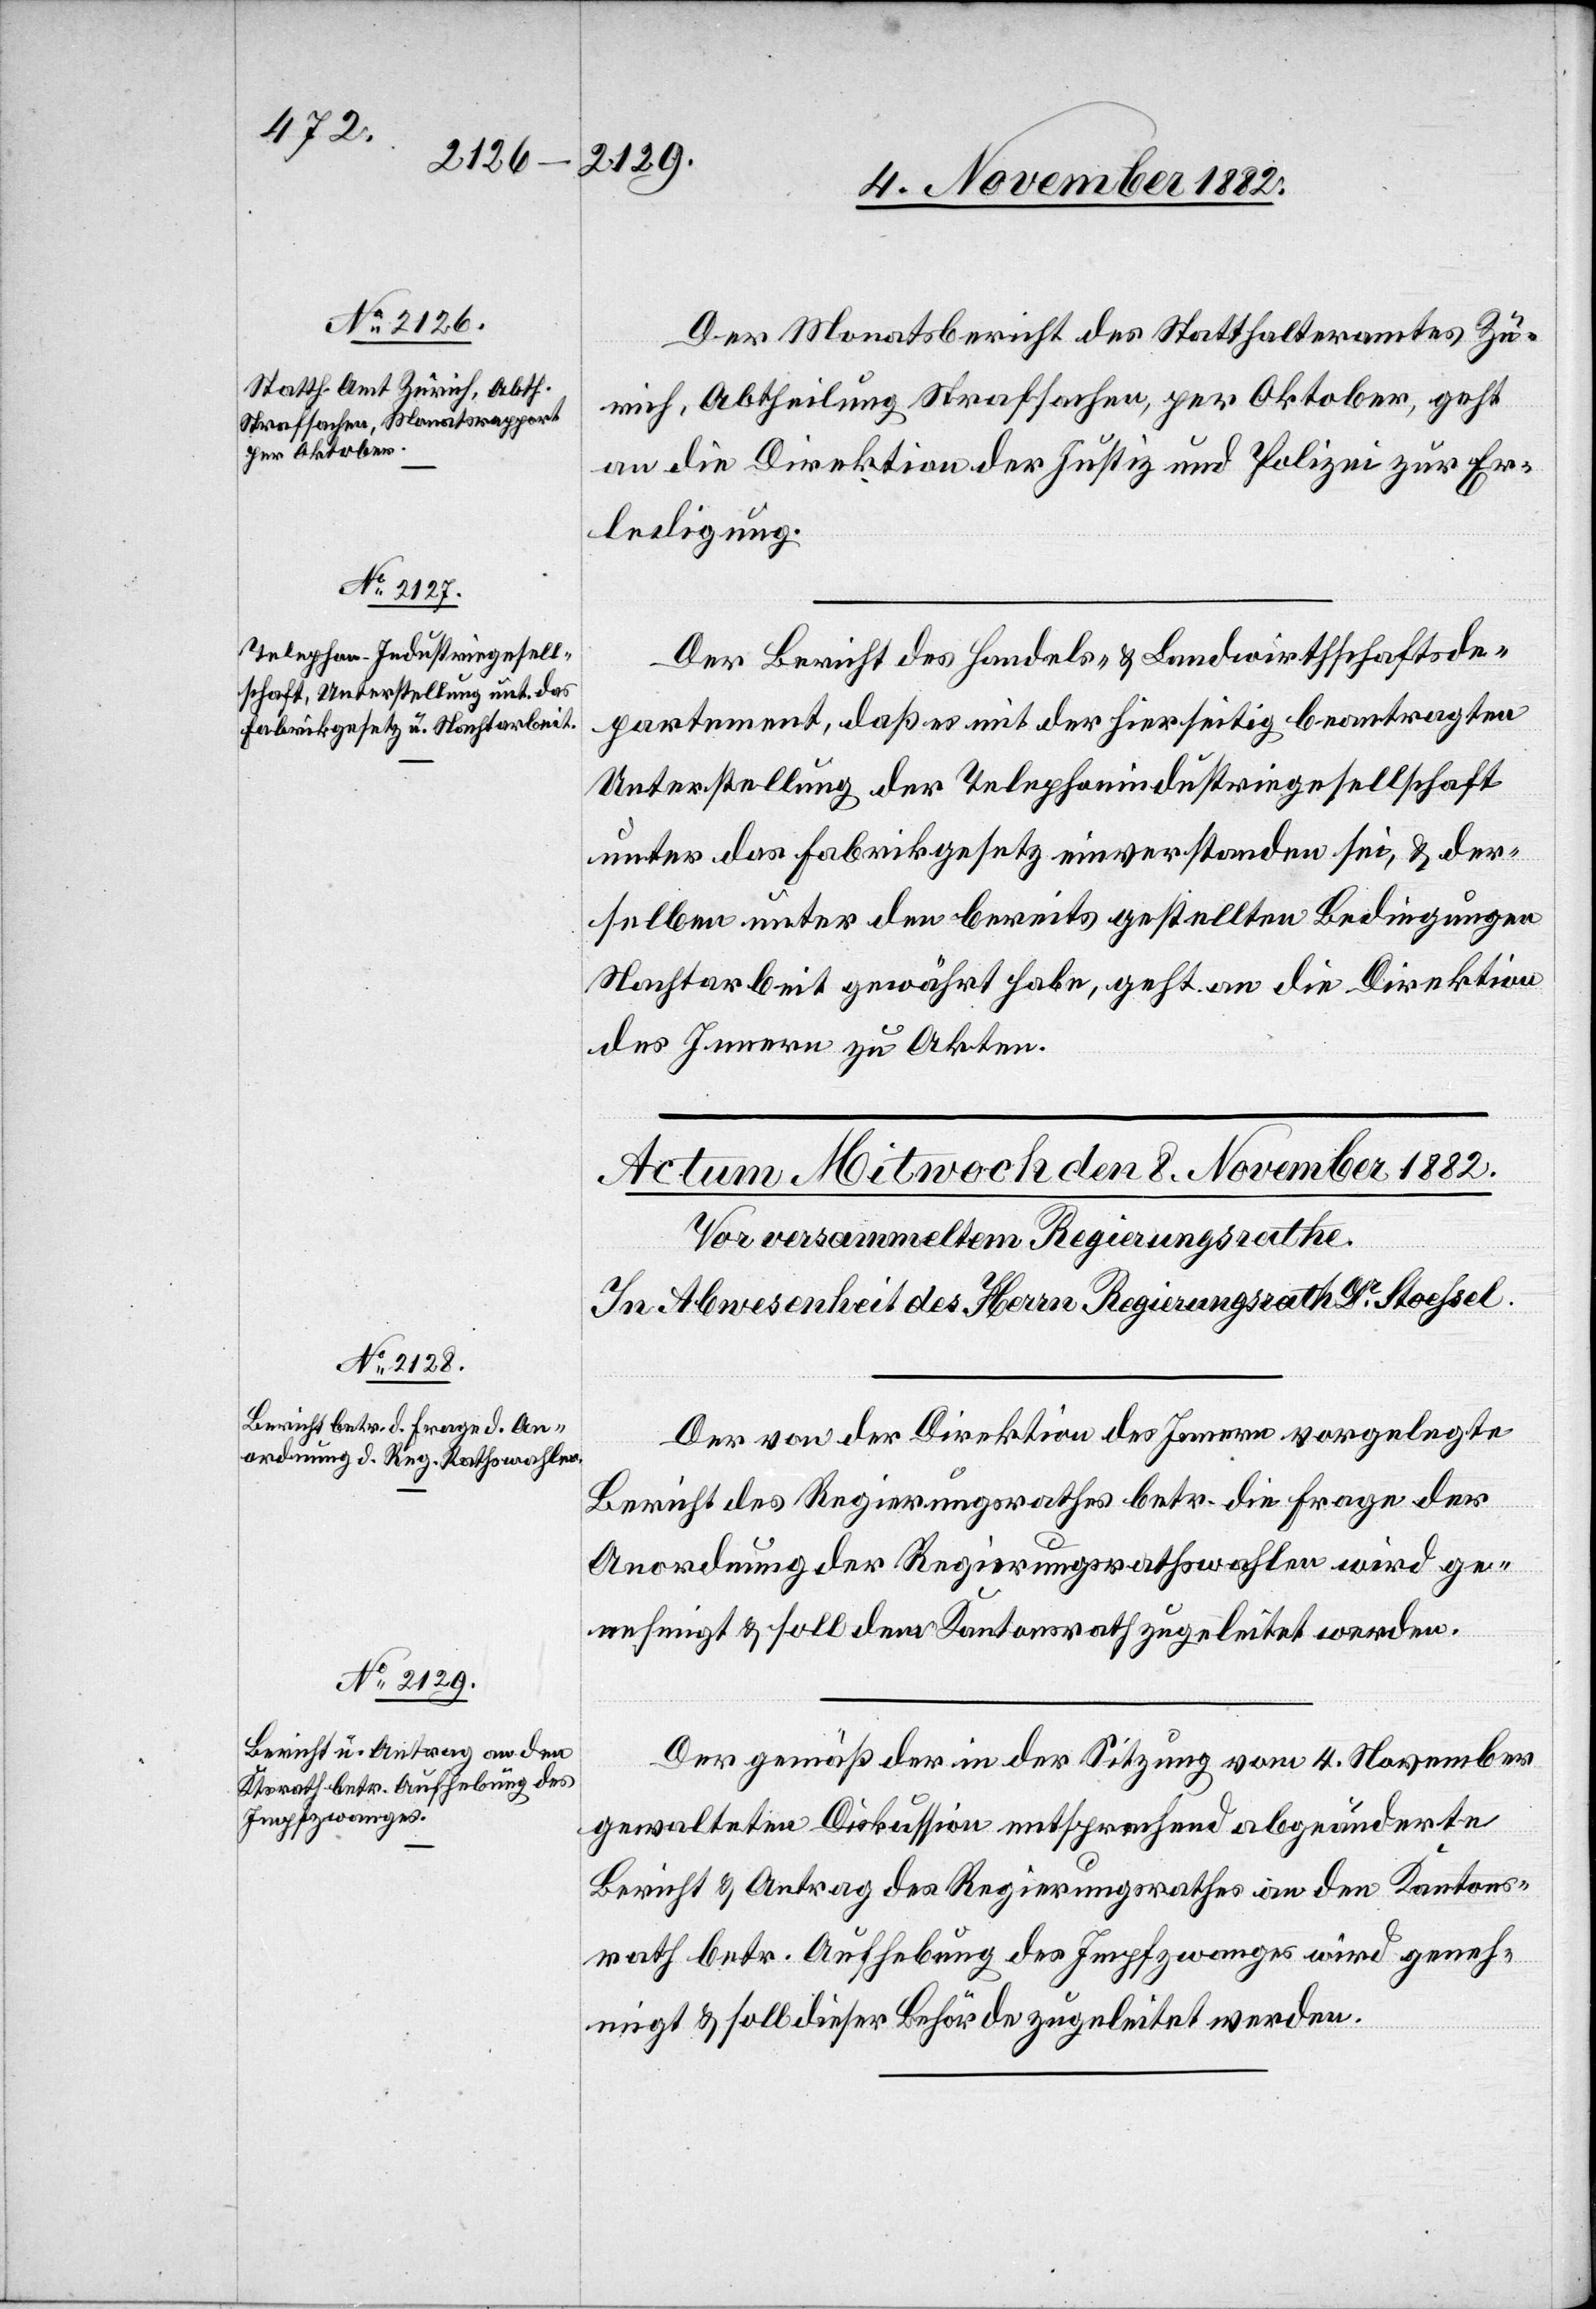
6. November 1882.]
Der Monatsbericht des Statthalteramtes Zü¬
rich, Abtheilung Strafsachen, per Oktober, geht
an die Direktion der Justiz und Polizei zur Er¬
ledigung.
Der Bericht des Handels- & Landwirthschaftsde¬
partement, daß es mit der hierseitig beantragten
Unterstellung der Telephonindustriegesellschaft
unter das Fabrikgesetz einverstanden sei, & der¬
selben unter den bereits gestellten Bedingungen
Nachtarbeit gewährt habe, geht an die Direktion
des Innern zu Akten.
Der von der Direktion des Innern vorgelegte
Bericht des Regierungsrathes betr. die Frage der
Anordnung der Regierungsrathswahlen wird ge¬
nehmigt & soll dem Kantonsrath zugeleitet werden.
Der gemäß der in der Sitzung vom 4. November
gewalteten Diskussion entsprechend abgeänderte[n]
Bericht und Abtrag des Regierungsrathes an den Kantons¬
rath betr. Aufhebung des Impfzwanges wird geneh¬
migt & soll dieser Behörde zugeleitet werden.